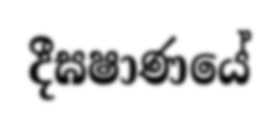
දීඝෂාණයේ